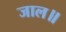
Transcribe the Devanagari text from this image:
जाल॥